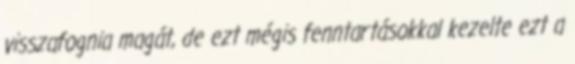
visszafognia magát, de ezt mégis fenntartásokkal kezelte ezt a